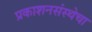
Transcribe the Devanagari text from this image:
प्रकाशनसंस्थेचा